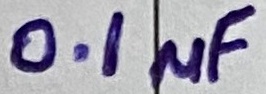
Text: 0.1µF